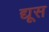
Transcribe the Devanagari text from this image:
द्यूस